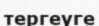
тергеуге